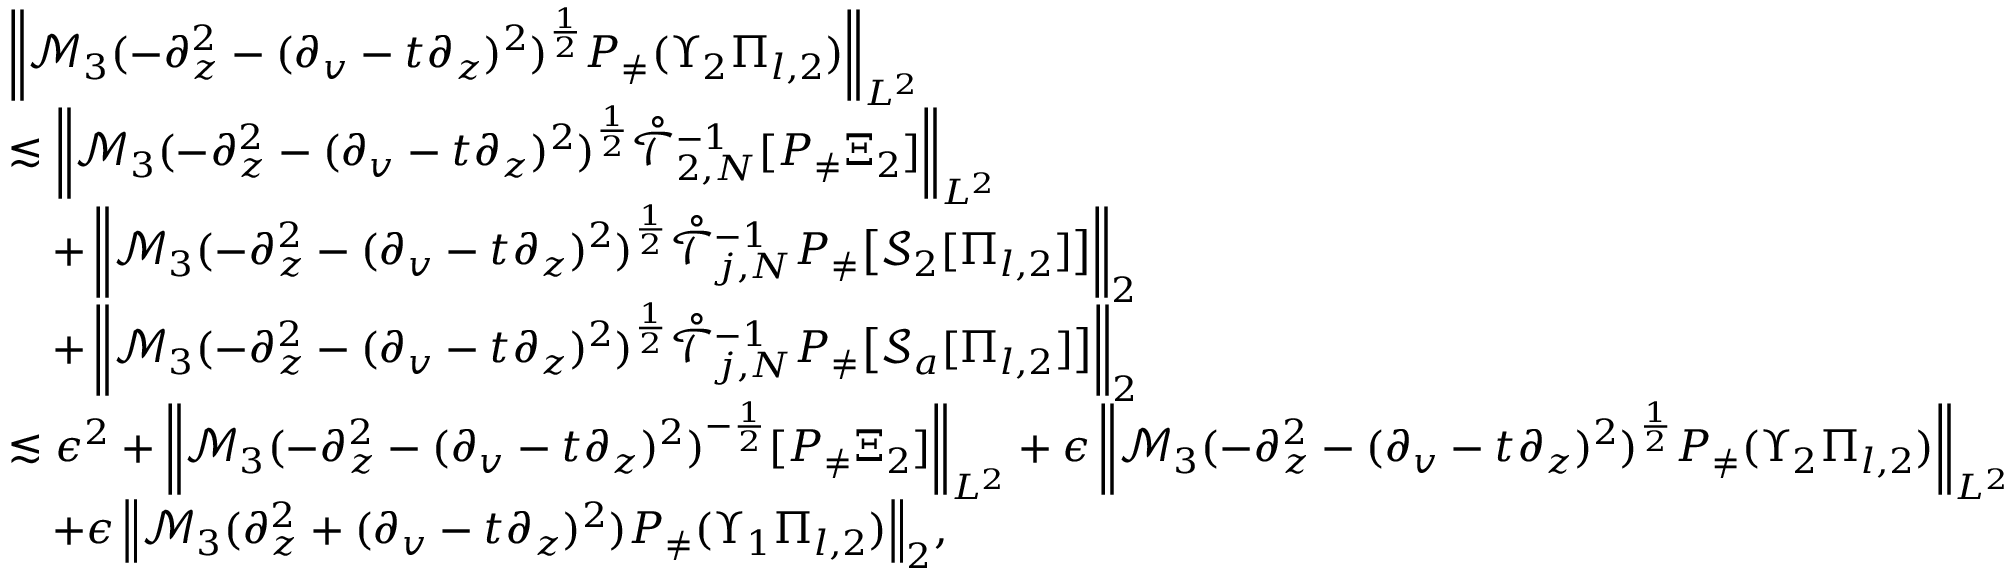
\begin{array} { r l } & { \left\| \mathcal { M } _ { 3 } ( - \partial _ { z } ^ { 2 } - ( \partial _ { v } - t \partial _ { z } ) ^ { 2 } ) ^ { \frac 1 2 } P _ { \neq } ( \Upsilon _ { 2 } \Pi _ { l , 2 } ) \right\| _ { L ^ { 2 } } } \\ & { \lesssim \left\| \mathcal { M } _ { 3 } ( - \partial _ { z } ^ { 2 } - ( \partial _ { v } - t \partial _ { z } ) ^ { 2 } ) ^ { \frac 1 2 } \mathring { \mathcal { T } } _ { 2 , N } ^ { - 1 } [ P _ { \neq } \Xi _ { 2 } ] \right\| _ { L ^ { 2 } } } \\ & { \quad + \left\| \mathcal { M } _ { 3 } ( - \partial _ { z } ^ { 2 } - ( \partial _ { v } - t \partial _ { z } ) ^ { 2 } ) ^ { \frac 1 2 } \mathring { \mathcal { T } } _ { j , N } ^ { - 1 } P _ { \neq } \big [ \mathcal { S } _ { 2 } [ \Pi _ { l , 2 } ] \big ] \right\| _ { 2 } } \\ & { \quad + \left\| \mathcal { M } _ { 3 } ( - \partial _ { z } ^ { 2 } - ( \partial _ { v } - t \partial _ { z } ) ^ { 2 } ) ^ { \frac 1 2 } \mathring { \mathcal { T } } _ { j , N } ^ { - 1 } P _ { \neq } \big [ \mathcal { S } _ { a } [ \Pi _ { l , 2 } ] \big ] \right\| _ { 2 } } \\ & { \lesssim \epsilon ^ { 2 } + \left\| \mathcal { M } _ { 3 } ( - \partial _ { z } ^ { 2 } - ( \partial _ { v } - t \partial _ { z } ) ^ { 2 } ) ^ { - \frac 1 2 } [ P _ { \neq } \Xi _ { 2 } ] \right\| _ { L ^ { 2 } } + \epsilon \left\| \mathcal { M } _ { 3 } ( - \partial _ { z } ^ { 2 } - ( \partial _ { v } - t \partial _ { z } ) ^ { 2 } ) ^ { \frac 1 2 } P _ { \neq } ( \Upsilon _ { 2 } \Pi _ { l , 2 } ) \right\| _ { L ^ { 2 } } } \\ & { \quad { + \epsilon \left\| \mathcal { M } _ { 3 } ( \partial _ { z } ^ { 2 } + ( \partial _ { v } - t \partial _ { z } ) ^ { 2 } ) P _ { \neq } ( \Upsilon _ { 1 } \Pi _ { l , 2 } ) \right\| _ { 2 } } , } \end{array}